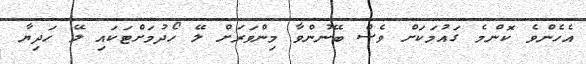
އެހެންވެ ކޮންމެ ގައުމަކަށް ވެސް ބޭނުންވާ މިންވަރަށް ލޭ ހޯދުމަށްޓަކައި ލޭ ހަދިޔާ